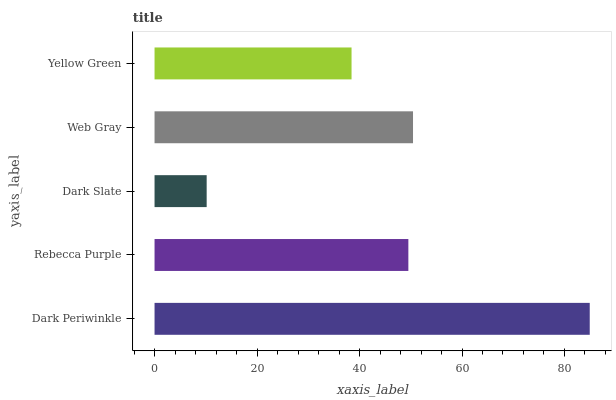
| yaxis_label | bars |
 | --- | --- |
 | Dark Periwinkle | 84.9 |
 | Rebecca Purple | 49.5 |
 | Dark Slate | 10.2 |
 | Web Gray | 50.4 |
 | Yellow Green | 38.4 |